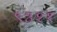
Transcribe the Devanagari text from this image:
९३२१